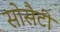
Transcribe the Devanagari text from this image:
सोसैटी